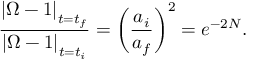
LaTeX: \frac { \left| \Omega - 1 \right| _ { t = t _ { f } } } { \left| \Omega - 1 \right| _ { t = t _ { i } } } = \left( \frac { a _ { i } } { a _ { f } } \right) ^ { 2 } = e ^ { - 2 N } .